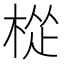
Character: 𪲧